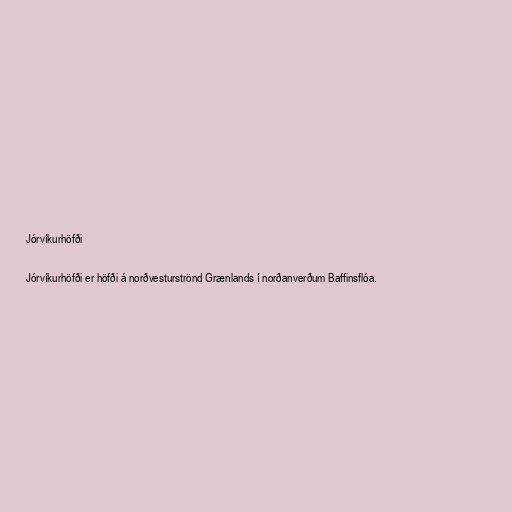
Jórvíkurhöfði

Jórvíkurhöfði er höfði á norðvesturströnd Grænlands í norðanverðum Baffinsflóa.